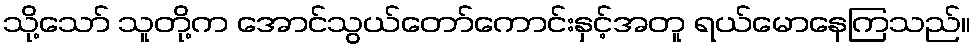
သို့သော် သူတို့က အောင်သွယ်တော်ကောင်းနှင့်အတူ ရယ်မောနေကြသည်။